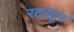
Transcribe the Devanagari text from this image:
रटरटून